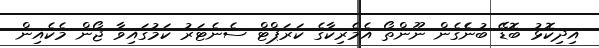
އިދިކޮޅު ބޮޑޭ ބުނެެގެން ނޫންތޯ އެމެރިކާގެ ކަރަޕްޓް ސެނެޓަރު ކަމުގައިވާ ޖޯން މެކެއިން